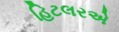
હિટલરએ